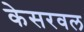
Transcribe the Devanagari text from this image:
केसरवल